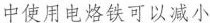
中使用电烙铁可以减小